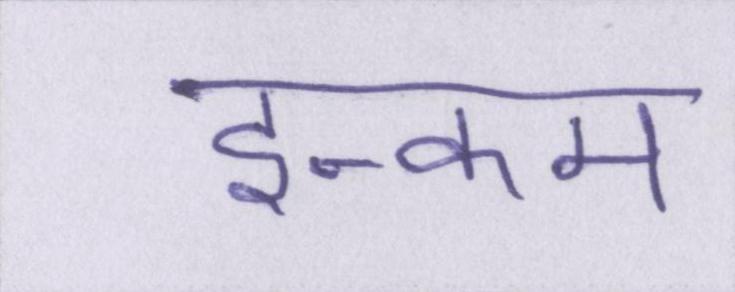
इन्कम